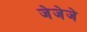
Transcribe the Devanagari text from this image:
जेजेजे